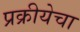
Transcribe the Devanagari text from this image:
प्रक्रीयेचा